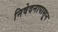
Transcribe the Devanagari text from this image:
निवेदनापासून